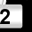
Digit: 2